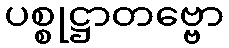
ပစ္စုဋ္ဌာတဗ္ဗော